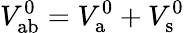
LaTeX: V_{\mathrm{ab}}^{0}=V_{\mathrm{a}}^{0}+V_{\mathrm{s}}^{0}